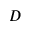
D